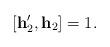
LaTeX: \begin{align*}[\mathbf{h}'_2,\mathbf{h}_2] =1. \end{align*}